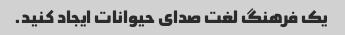
یک فرهنگ لغت صدای حیوانات ایجاد کنید.